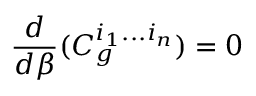
\frac { d } { d \beta } ( C _ { g } ^ { i _ { 1 } . . . i _ { n } } ) = 0